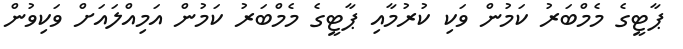
ޕާޓީގެ މެމްބަރު ކަމުން ވަކި ކުރުމާއި ޕާޓީގެ މެމްބަރު ކަމުން އަމިއްލައަށް ވަކިވުން